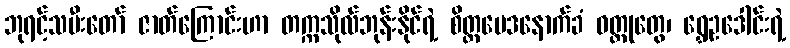
ဘုရင့်သမီးတော် ဇာတ်ကြောင်းဟာ တက္ကသိုလ်ဘုန်းနိုင်ရဲ့ စိတ္တဗေဒနောက်ခံ ဝတ္ထုတွေ၊ ရွှေဥဒေါင်းရဲ့